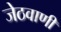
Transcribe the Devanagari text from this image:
जेठवाणी